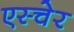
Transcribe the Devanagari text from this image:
एस्चेर